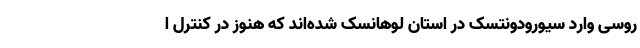
روسی وارد سیورودونتسک در استان لوهانسک شده‌اند که هنوز در کنترل ا